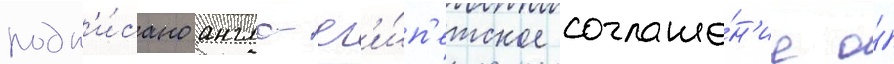
подп'и́сано англо-ег'и́п'етское соглаше́н'ие о́